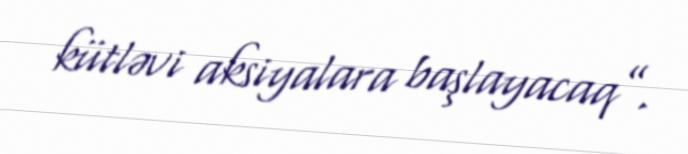
kütləvi aksiyalara başlayacaq”.